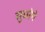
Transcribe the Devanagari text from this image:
सुधरेगे